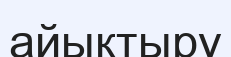
айықтыру